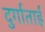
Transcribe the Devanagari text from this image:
दुर्गाताई